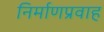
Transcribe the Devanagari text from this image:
निर्माणप्रवाह